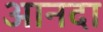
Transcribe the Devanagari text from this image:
आनदा